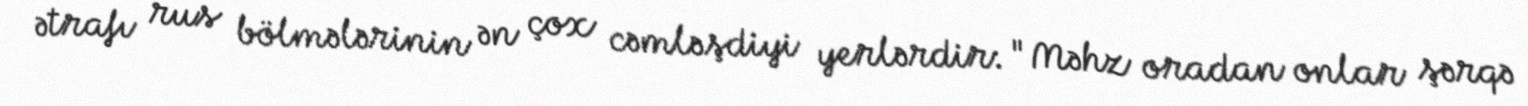
ətrafı rus bölmələrinin ən çox cəmləşdiyi yerlərdir: "Məhz oradan onlar şərqə